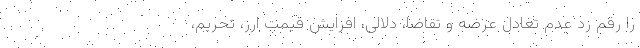
را رقم زد عدم تعادل عرضه و تقاضا، دلالی، افزایش قیمت ارز، تحریم،